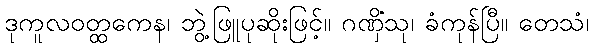
ဒုကူလဝတ္ထကေန၊ ဘွဲ့ဖြူပုဆိုးဖြင့်။ ဂဏှိံသု၊ ခံကုန်ပြီ။ တေသံ၊